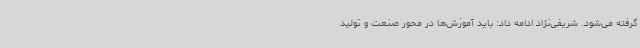
گرفته می‌شود. شریفی‌نژاد ادامه داد: باید آموزش‌ها در محور صنعت و تولید